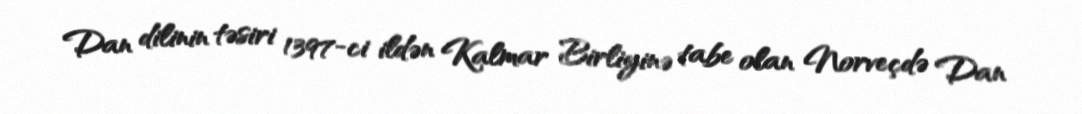
Dan dilinin təsiri 1397-ci ildən Kalmar Birliyinə tabe olan Norveçdə Dan